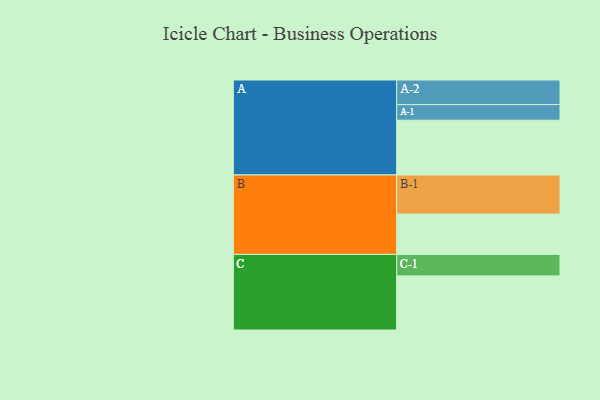
{"axis": {"x": "Segment", "y": "Value"}, "legend": ["", "A", "B", "C"], "data": [{"x": "A", "y": 418, "type": ""}, {"x": "B", "y": 308, "type": ""}, {"x": "C", "y": 413, "type": ""}, {"x": "A-1", "y": 119, "type": "A"}, {"x": "A-2", "y": 188, "type": "A"}, {"x": "B-1", "y": 298, "type": "B"}, {"x": "C-1", "y": 164, "type": "C"}]}